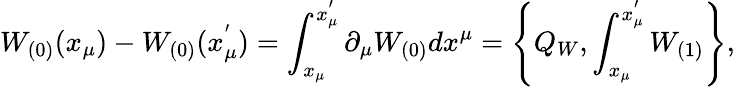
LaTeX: W_{(0)}(x_{\mu})-W_{(0)}(x_{\mu}^{'})=\int_{x_{\mu}}^{x_{\mu}^{'}}\partial_{\mu}W_{(0)}dx^{\mu}=\left\{ Q_{W},\int_{x_{\mu}}^{x_{\mu}^{'}}W_{(1)}\right\} ,